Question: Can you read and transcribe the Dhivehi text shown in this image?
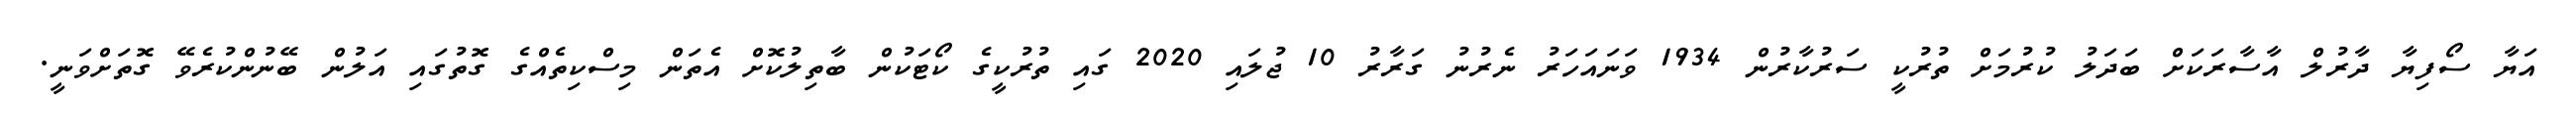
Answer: އަޔާ ސޯފިޔާ ދާރުލް އާސާރަކަށް ބަދަލު ކުރުމަށް ތުރުކީ ސަރުކާރުން 1934 ވަނައަހަރު ނެރުނު ގަރާރު 10 ޖުލައި 2020 ގައި ތުރުކީގެ ކޯޓަކުން ބާތިލުކޮށް އެތަން މިސްކިތެއްގެ ގޮތުގައި އަލުން ބޭނުންކުރެވޭ ގޮތަށްވަނީ.